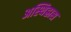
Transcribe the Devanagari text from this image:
अस्थिह्रास